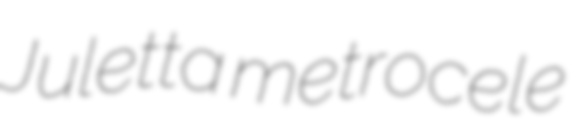
Juletta metrocele